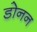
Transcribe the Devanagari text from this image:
डोनन